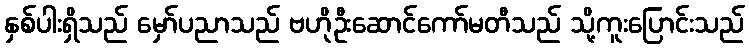
နှစ်ပါးရှိသည် မှော်ပညာသည် ဗဟိုဦးဆောင်ကော်မတီသည် သို့ကူးပြောင်းသည်